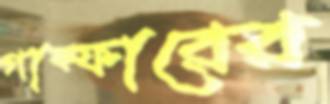
গাফ্ফারের